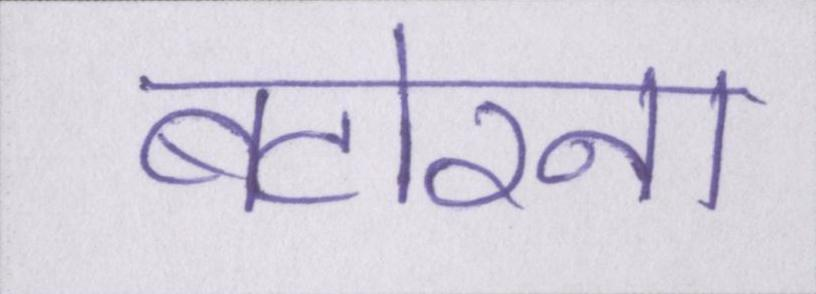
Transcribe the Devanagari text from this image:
बटोरना